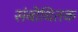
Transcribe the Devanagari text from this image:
संबोधितक